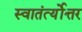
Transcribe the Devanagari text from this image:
स्वातंर्त्योत्तर